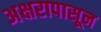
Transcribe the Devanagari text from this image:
अक्षरापासून